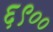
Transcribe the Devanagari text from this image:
६९००